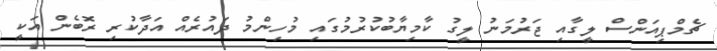
ޗެމްޕިއަންސް ލީގާއި ޖަރުމަނު ލީގު ކާމިޔާބުކުރުމުގައި މުހިންމު ދައުރެއް އަދާކުރި ރޮބެން އަކީ